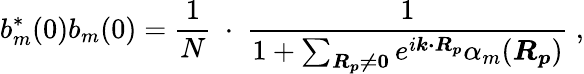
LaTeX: b_{m}^{*}(0)b_{m}(0)={\frac{1}{N}}\ \cdot\ {\frac{1}{1+\sum_{\boldsymbol{R_{p}\neq 0}}e^{i{\boldsymbol{k\cdot R_{p}}}}\alpha_{m}({\boldsymbol{R_{p}}})}}\ ,